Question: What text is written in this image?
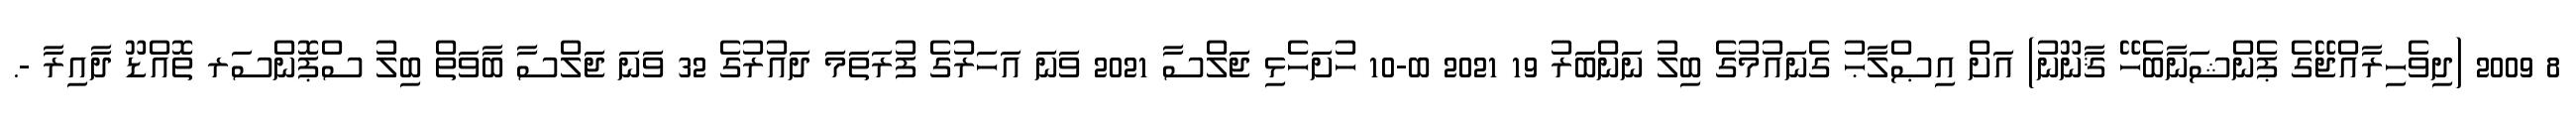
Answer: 8 2009 (ދިވެހިރާއްޖޭގެ ޕެންޝަނާބެހޭ ޤާނޫނު) އަށް އިޞްލާޙު ގެނައުމުގެ ބިލު ނަންބަރު 19 2021 ބ-10 ހުށަހެޅި ޖަލްސާ 2021 ވަނަ އަހަރުގެ ފުރަތަމަ ދައުރުގެ 32 ވަނަ ޖަލްސާ ބާވަތް ބިލު ސްޕޮންސަރ ތޮއްޑޫ ދާއިރާ -.